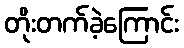
တိုးတက်ခဲ့ကြောင်း